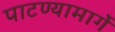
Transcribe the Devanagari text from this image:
पाटण्यामार्गे